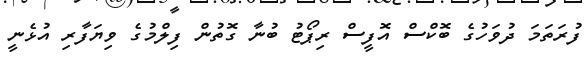
ފުރަތަމަ ދުވަހުގެ ބޮކްސް އޮފީސް ރިޕޯޓު ބުނާ ގޮތުން ފިލްމުގެ ވިޔަފާރި އުޅެނީ